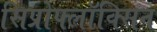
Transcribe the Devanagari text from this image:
सिप्रोफ्लॉक्सिन